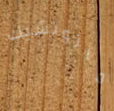
ماتوتشيك